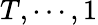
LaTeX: T,\cdots,1